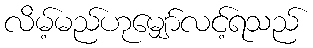
လိမ့်မည်ဟုမျှော်လင့်ရသည်